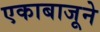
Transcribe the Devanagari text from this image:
एकाबाजूने